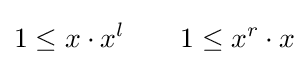
1\leq x\cdot x^{l}\qquad 1\leq x^{r}\cdot x